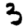
Digit: 3